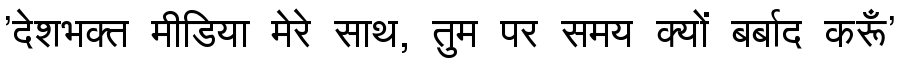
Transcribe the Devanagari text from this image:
'देशभक्त मीडिया मेरे साथ, तुम पर समय क्यों बर्बाद करूँ'